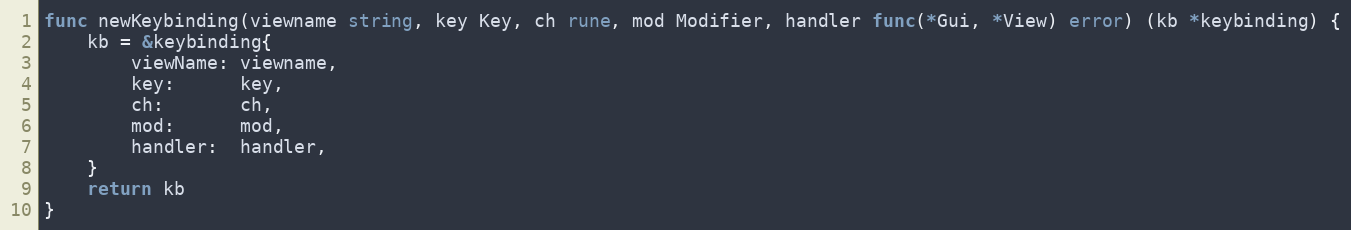
Language: Go
func newKeybinding(viewname string, key Key, ch rune, mod Modifier, handler func(*Gui, *View) error) (kb *keybinding) {
	kb = &keybinding{
		viewName: viewname,
		key:      key,
		ch:       ch,
		mod:      mod,
		handler:  handler,
	}
	return kb
}